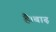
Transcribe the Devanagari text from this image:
है।बाढ़